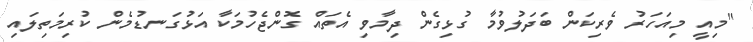
"މިއީ މިއަހަރު ވެރިކަން ބަދަލުވުމާ ގުޅިގެން ދިމާވި އެތައް ގޮންޖެހުމަކާ އަޅުގަނޑުމެން ކުރިމަތިލައި